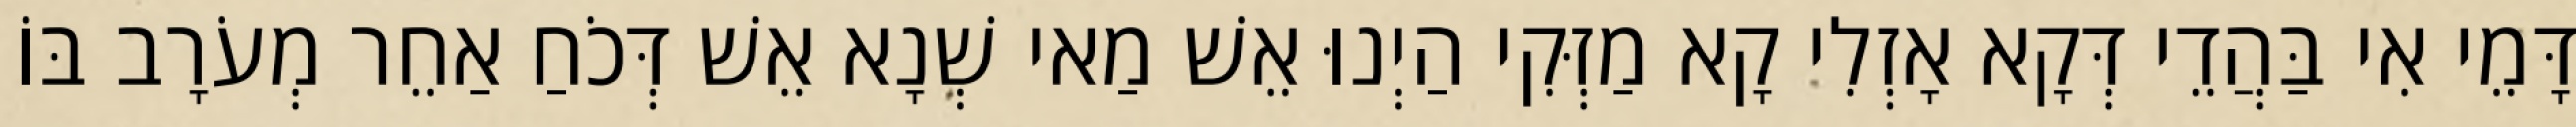
דָּמֵי אִי בַּהֲדֵי דְּקָא אָזְלִי קָא מַזְּקִי הַיְנוּ אֵשׁ מַאי שְׁנָא אֵשׁ דְּכֹחַ אַחֵר מְעֹרָב בּוֹ